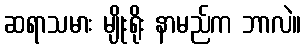
ဆရာသမား မျိုးရိုး နာမည်က ဘာလဲ။